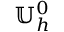
\mathbb { U } _ { h } ^ { 0 }